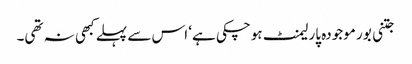
جتنی بور موجودہ پارلیمنٹ ہوچکی ہے‘ اس سے پہلے کبھی نہ تھی۔